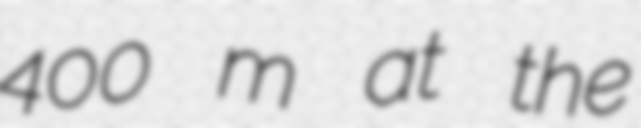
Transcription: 400 m at the